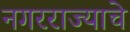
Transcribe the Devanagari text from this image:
नगरराज्याचे